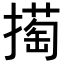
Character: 𢵘